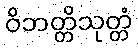
ဝိဘတ္တိသုတ္တံ